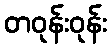
တဝုန်းဝုန်း